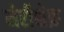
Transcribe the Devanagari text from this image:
मेर्रीशेफ़